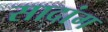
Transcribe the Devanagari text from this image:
सादांग